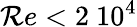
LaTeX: \mathcal{R}e<2~10^{4}